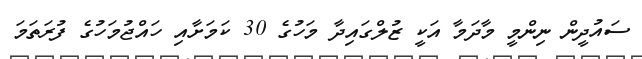
ސައުދީން ނިންމީ މާދަމާ އަކީ ޒުލްގައިދާ މަހުގެ 30 ކަމަށާއި ހައްޖުމަހުގެ ފުރަތަމަ